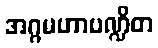
အဂ္ဂမဟာပဏ္ဍိတ